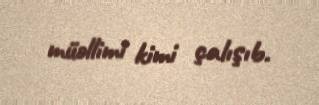
müəllimi kimi çalışıb.